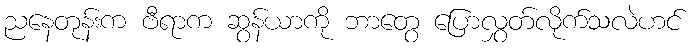
ညနေတုန်းက ဗီရာက ဆွန်ယာကို ဘာတွေ ပြောလွှတ်လိုက်သလဲဟင်